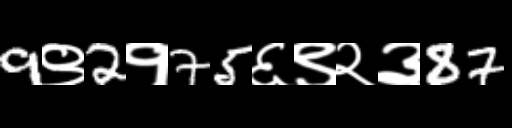
Text: 9९2१75६९२३87